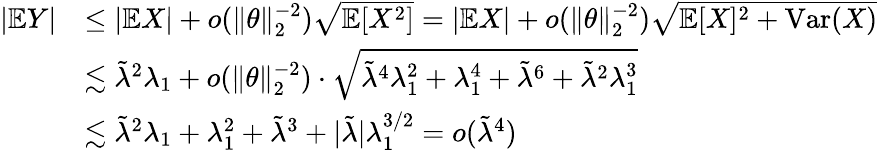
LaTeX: \begin{array}{rl}{|\mathbb{E}Y|}&{\leq|\mathbb{E}X|+o(\| \theta\| _{2}^{-2})\sqrt{\mathbb{E}[X^{2}]}=|\mathbb{E}X|+o(\| \theta\| _{2}^{-2})\sqrt{\mathbb{E}[X]^{2}+\mathrm{Var}(X)}}\\ &{\lesssim\tilde{\lambda}^{2}\lambda_{1}+o(\| \theta\| _{2}^{-2})\cdot\sqrt{\tilde{\lambda}^{4}\lambda_{1}^{2}+\lambda_{1}^{4}+\tilde{\lambda}^{6}+\tilde{\lambda}^{2}\lambda_{1}^{3}}}\\ &{\lesssim\tilde{\lambda}^{2}\lambda_{1}+\lambda_{1}^{2}+\tilde{\lambda}^{3}+|\tilde{\lambda}|\lambda_{1}^{3/2}=o(\tilde{\lambda}^{4})}\end{array}